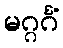
မဂ္ဂင်္ဂံ